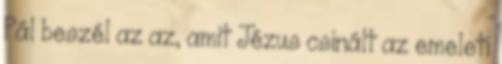
Pál beszél az az, amit Jézus csinált az emeleti